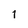
Character: 1